Vaccination North-Western Provinces and Oudh 1896-1901 - 1896-1901
Year: 1896
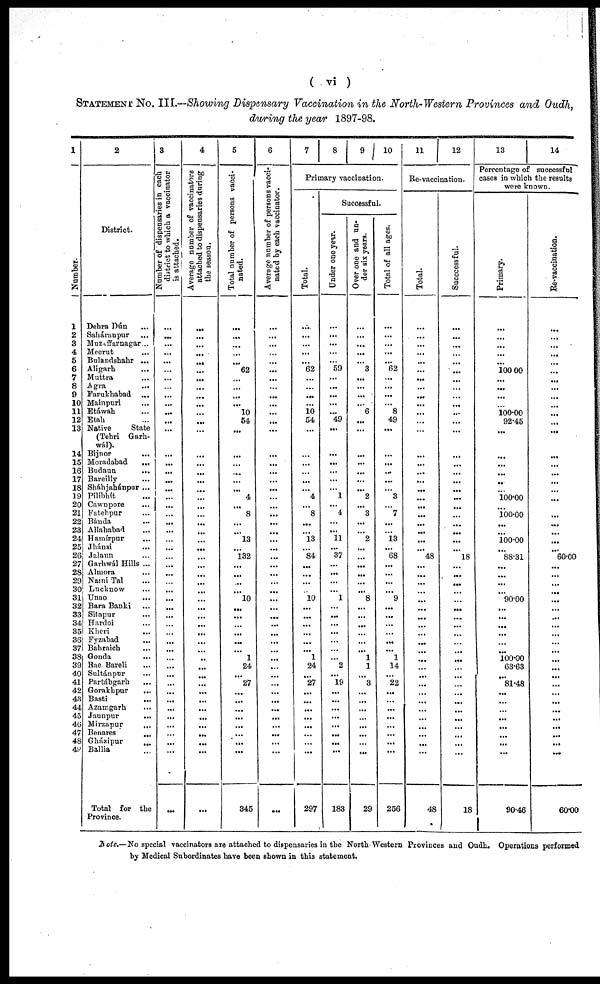
( vi )
STATEMENT No. III.-Showing Dispensary Vaccination in the North-Western Provinces and Oudh,
during the year 1897-98.
1
Number.
1
2
3
4
5
6
7
8
9
10
11
12
13
14
15
16
17
18
19
20
21
22
23
24
25
26
27
28
29
30
31
32
33
34
35
36
37
38
39
40
41
42
43
44
45
46
47
48
49
2
District.
Dehra Dún ...
Saháranpur ...
Muzaffarnagar...
Meerut ...
Bulandshahr ...
Aligarh
...
Muttra ...
Agra
...
Farukhabad ...
Mainpuri ...
Etáwah ...
Etah ...
Native
State
(Tehri Garh¬
wál).
Bijnor
...
Moradabad
...
Budaun
....
Bareilly ...
Sháhiahánpur ...
Pilibhít ...
Cawnpore ...
Fatehpur ...
Bánda
...
Allahabad ...
Hamírpur ...
Jhánsi ...
Jalaun ...
Garhwál Hills ...
Almora ...
Naini Tal ...
Lucknow ...
Unao ...
Bara Banki ...
Sitapur ...
Hardoi ...
Kheri ...
Fyzabad ...
Bahraich ...
Gonda ...
Rae Bareli ...
Sultánpur ...
Partábgarh ...
Gorakhpur
...
Basti ...
Azamgarh ...
Jaunpur
...
Mirzapur
...
Benares
...
Gházipur
...
Ballia ...
Total for the
Province.
3
Number of dispensaries in each
district to which a vaccinator
is attached.
...
...
...
...
...
...
...
...
...
...
...
...
...
...
...
...
...
...
...
...
...
...
...
...
...
...
...
...
...
...
...
...
...
...
...
...
...
...
...
...
...
...
...
...
...
...
...
...
...
...
4
Average number of vaccinators
attached to dispensaries during
the season.
...
...
...
...
...
...
...
...
...
...
...
...
...
...
...
...
...
...
...
...
...
...
...
...
...
...
...
...
...
...
...
...
...
...
...
...
...
...
...
...
...
...
...
...
...
...
...
...
...
...
5
Total number of persons vacci¬
nated.
...
...
...
...
...
62
...
...
...
...
10
54
...
...
...
...
...
...
4
...
8
...
...
13
...
132
...
...
...
...
10
...
...
...
...
...
...
1
24
...
27
...
...
...
...
...
...
...
...
345
6
Average number of persons vacci¬
nated
by
each
vaccinator.
...
...
...
...
...
...
...
...
...
...
...
...
...
...
...
...
...
...
...
...
...
...
...
...
...
...
...
...
...
...
...
...
...
...
...
...
...
...
...
...
...
...
...
...
...
...
...
...
...
...
7
8
9 10
Primary vaccination.
Total.
...
...
...
...
...
62
...
...
...
...
10
54
...
...
...
...
...
...
4
...
8
...
...
13
...
84
...
...
...
...
10
...
...
...
...
...
...
1
24
...
27
...
...
...
...
...
...
...
...
297
Successful.
Under one year.
...
...
...
...
...
59
...
...
...
...
...
49
...
...
...
...
...
1
...
4
...
...
11
...
37
...
...
...
...
1
...
...
...
...
...
...
...
2
...
19
...
...
...
...
...
...
...
...
183
Over one and un-
der six years.
...
...
...
...
...
3
...
...
...
...
6
...
...
...
...
...
...
...
2
...
3
...
...
2
...
...
...
...
...
...
8
...
...
...
...
...
...
1
1
...
3
...
...
...
...
...
...
...
...
29
Total of all ages.
...
...
...
...
...
62
...
...
...
...
8
49
...
...
...
...
...
...
3
...
7
...
...
13
...
68
...
...
...
...
9
...
...
...
...
...
...
1
14
...
22
...
...
...
...
...
...
...
...
256
11
12
Re-vaccination.
Total.
...
...
...
...
...
...
...
...
...
...
...
...
...
...
...
...
...
...
...
...
...
...
...
...
...
48
...
...
...
...
...
...
...
...
...
...
...
...
...
...
...
...
...
...
...
...
...
...
...
48
Succcessful.
...
...
...
...
...
...
...
...
...
...
...
...
...
...
...
...
...
...
...
...
...
...
...
...
...
18
...
...
...
...
...
...
...
...
...
...
...
...
...
...
...
...
...
...
...
...
...
...
...
18
13
14
Percentage of successful
cases in which the results
were known.
Primary.
...
...
...
...
...
100.00
...
...
...
...
100.00
92.45
...
...
...
...
...
...
100.00
...
100.00
...
...
100.00
...
88.31
...
...
...
...
90.00
...
...
...
...
...
...
100.00
63.63
...
81.48
...
...
...
...
...
...
...
...
90.46
Re-vaccination.
...
...
...
...
...
...
...
...
...
...
...
...
...
...
...
...
...
...
...
...
...
...
...
...
...
60.00
...
...
...
...
...
...
...
...
...
...
...
...
...
...
...
...
...
...
...
...
...
...
...
60.00
Note.—No special vaccinators are attached to dispensaries in the North Western Provinces and Oudh. Operations performed
by Medical Subordinates have been shown in this statement.